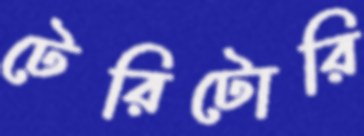
টেরিটোরি